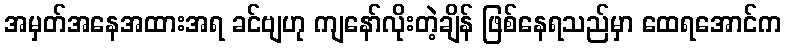
အမှတ်အနေအထားအရ ခင်ဗျဟု ကျနော်လိုးတဲ့ချိန် ဖြစ်နေရသည်မှာ ထေရအောင်က